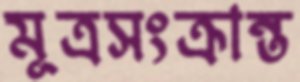
মূত্রসংক্রান্ত